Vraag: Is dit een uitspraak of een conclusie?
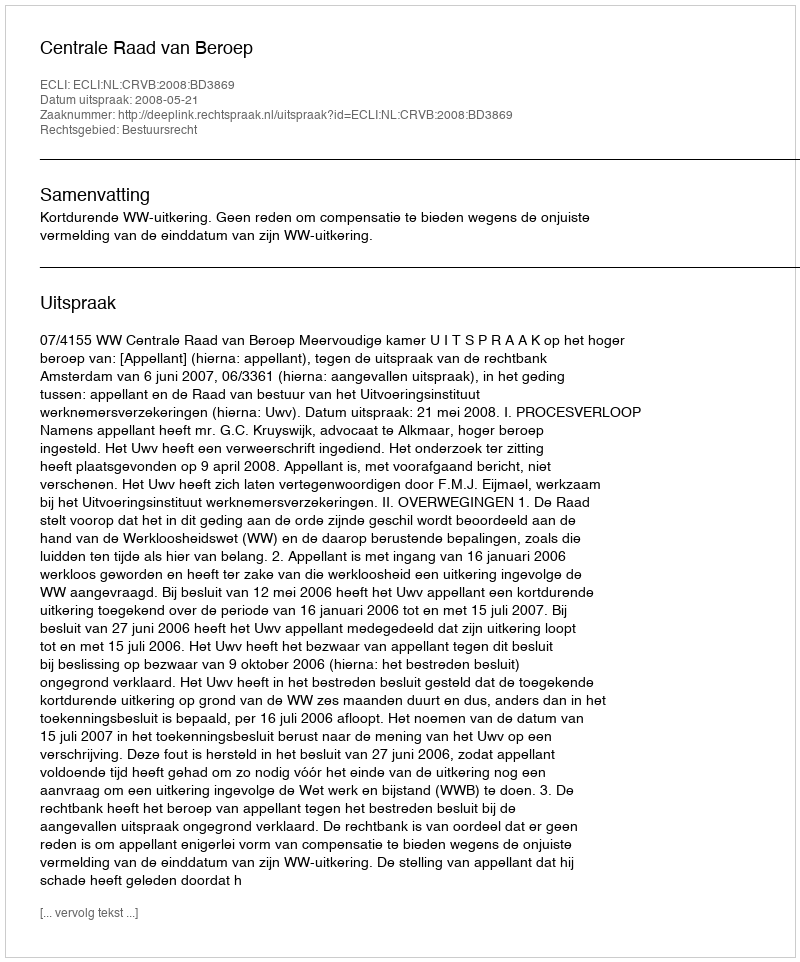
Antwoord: Uitspraak